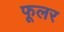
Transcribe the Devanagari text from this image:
फूलर